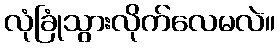
လုံခြုံသွားလိုက်လေမလဲ။